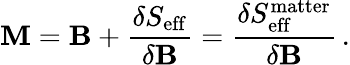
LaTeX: {\mathbf M}={\mathbf B}+{\frac{\delta S_{\mathrm{eff}}}{\delta{\mathbf B}}}={\frac{\delta S_{\mathrm{eff}}^{\mathrm{matter}}}{\delta{\mathbf B}}}\, .